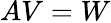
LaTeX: AV=W